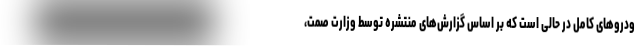
ودروهای کامل در حالی است که بر اساس گزارش‌های منتشره توسط وزارت صمت،